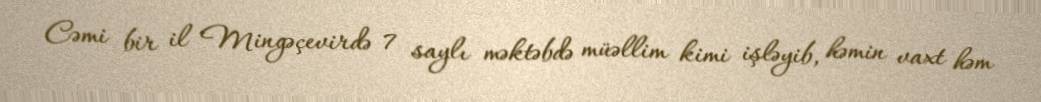
Cəmi bir il Mingəçevirdə 7 saylı məktəbdə müəllim kimi işləyib, həmin vaxt həm